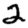
Digit: 2